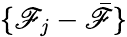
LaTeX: \{ \mathscr{F}_{j}-\bar{{\mathscr{F}}}\}